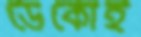
ডেকোই